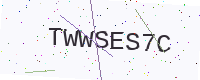
Text: TWWSES7C